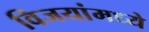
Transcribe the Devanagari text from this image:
विजयांमध्ये